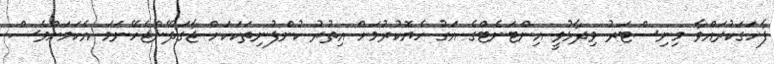
ފާހަގަކުރައްވާ މިނިސްޓަރު ވިދާޅުވީ އިންޓަނެޓްގެ އަގު ހެޔޮކުރުމަށް އިތުރު ކުންފުނިތަކަކަށް ޖާގަދޭންޖެހޭނަމަ އެކަމަށްވެސް